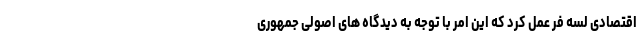
اقتصادی لسه فر عمل کرد که این امر با توجه به دیدگاه های اصولی جمهوری